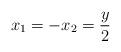
LaTeX: \begin{align*}x_1=-x_2=\frac{y}{2}\end{align*}